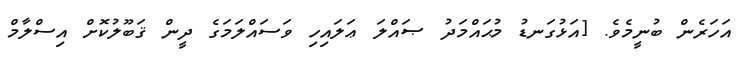
އަހަރެން ބުނީމެވެ. [އަޅުގަނޑު މުޙައްމަދު ޞައްލަ ޢަލައިހި ވަސައްލަމަގެ ދީން ޤަބޫލުކޮށް އިސްލާމް